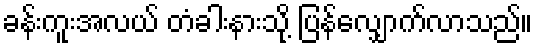
ခန်းကူးအလယ် တံခါးနားသို့ ပြန်လျှောက်လာသည်။